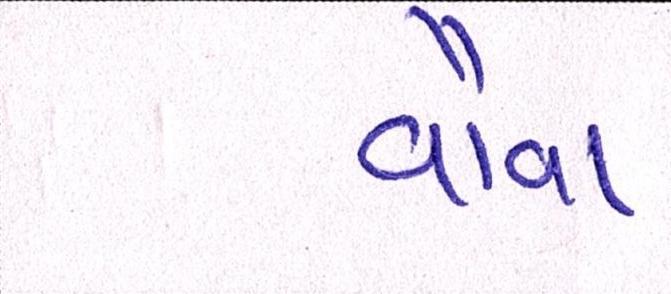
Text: વૌવા